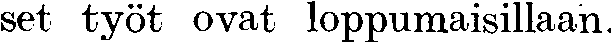
set työt ovat loppumaisillaan.